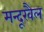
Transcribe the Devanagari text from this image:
मन्दूखैल